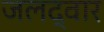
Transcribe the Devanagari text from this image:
जलद्वार